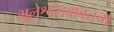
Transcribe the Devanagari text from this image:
भुलेश्वराबाबतचा